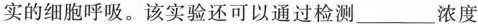
实的细胞呼吸。该实验还可以通过检测___浓度